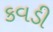
કવડી